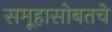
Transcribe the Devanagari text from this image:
समूहासोबतचे